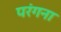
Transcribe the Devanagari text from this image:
परंगना